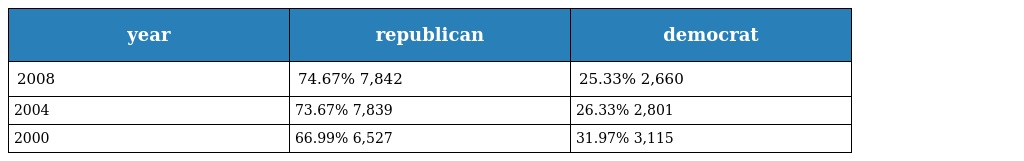
| year | republican | democrat |
 | --- | --- | --- |
 | 2008 | 74.67% 7,842 | 25.33% 2,660 |
 | 2004 | 73.67% 7,839 | 26.33% 2,801 |
 | 2000 | 66.99% 6,527 | 31.97% 3,115 |